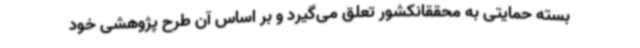
بسته حمایتی به محققانکشور تعلق می‌گیرد و بر اساس آن طرح پژوهشی خود